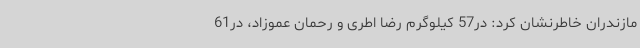
مازندران خاطرنشان کرد: در57 کیلوگرم رضا اطری و رحمان عموزاد، در61